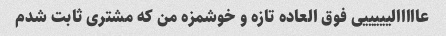
عااااالیییییی فوق العاده تازه و خوشمزه من که مشتری ثابت شدم